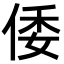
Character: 倭